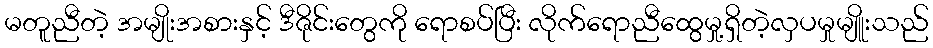
မတူညီတဲ့ အမျိုးအစားနှင့် ဒီဇိုင်းတွေကို ရောစပ်ပြီး လိုက်ရောညီထွေမှု့ရှိတဲ့လှပမှုမျိူးသည်